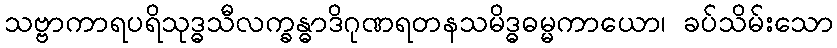
သဗ္ဗာကာရပရိသုဒ္ဓသီလက္ခန္ဓာဒိဂုဏရတနသမိဒ္ဓဓမ္မကာယော၊ ခပ်သိမ်းသော